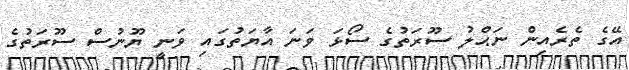
އޭގެ ތެރެއިން ނަޙްލު ސޫރަތުގެ ސޯޅަ ވަނަ އާޔަތުގައި ވަނީ ޔޫނުސް ސޫރަތުގެ